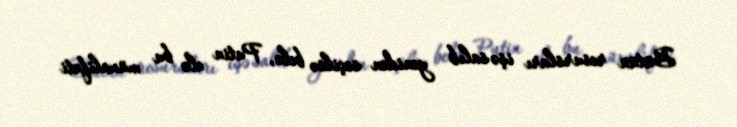
Bütün resursları işə salıb yenidən seçilsə belə, Putin elə bu müxalifəti